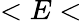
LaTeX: <E<